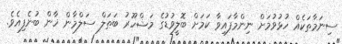
ސިނަމާތަކެއް ހުޅުވުމަށް ނިންމާފައިވާ ކަމަށް ބޮލީވުޑުގެ މަޝްހޫރު ބަޠަލް ސަލްމާން ޚާން ބުނެފިއެވެ.